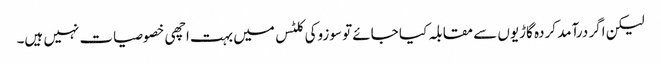
لیکن اگر درآمد کردہ گاڑیوں سے مقابلہ کیا جائے تو سوزوکی کلٹس میں بہت اچھی خصوصیات نہیں ہیں۔